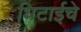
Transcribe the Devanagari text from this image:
धिटाईचे